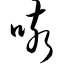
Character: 咳